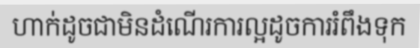
ហាក់ដូចជាមិនដំណើរការល្អដូចការរំពឹងទុក